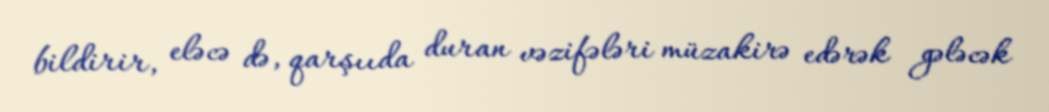
bildirir, eləcə də, qarşııda duran vəzifələri müzakirə edərək gələcək